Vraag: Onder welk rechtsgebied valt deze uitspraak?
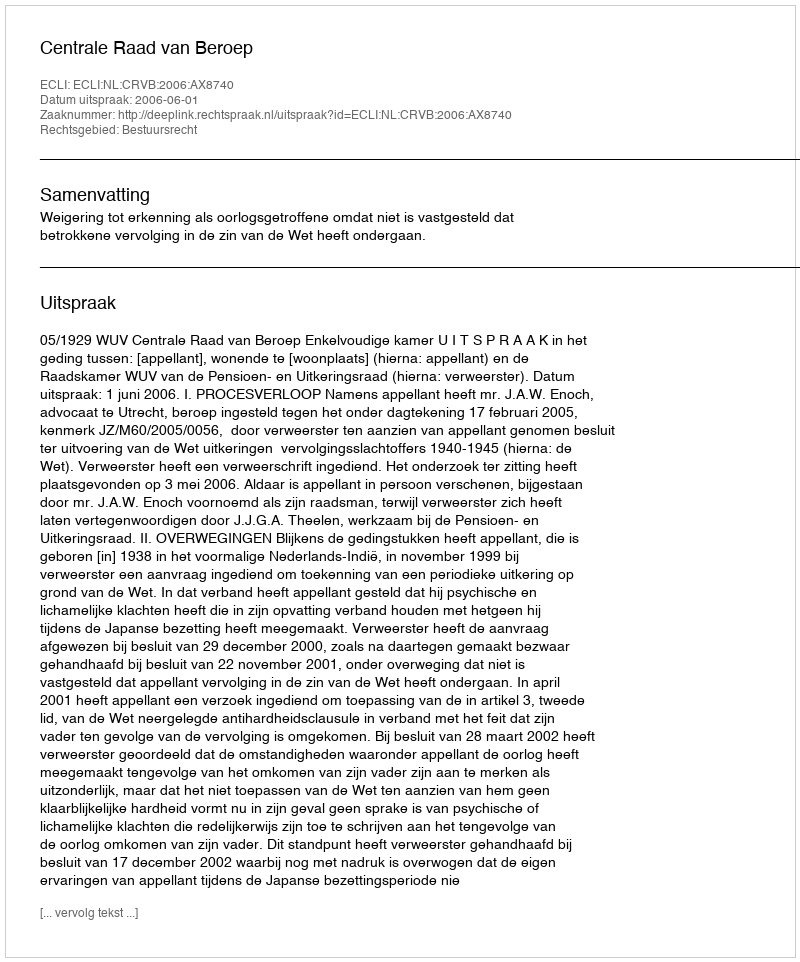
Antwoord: Bestuursrecht